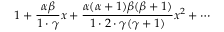
1 + { \frac { \alpha \beta } { 1 \cdot \gamma } } x + { \frac { \alpha ( \alpha + 1 ) \beta ( \beta + 1 ) } { 1 \cdot 2 \cdot \gamma ( \gamma + 1 ) } } x ^ { 2 } + \cdots